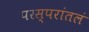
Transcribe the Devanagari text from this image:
परस्परांतलं